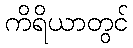
ကိရိယာတွင်